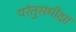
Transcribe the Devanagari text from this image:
परंतुसमीक्षा